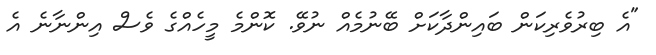
"އެ ބިރުވެރިކަން ބައިންދާކަށް ބޭނުމެއް ނުވޭ. ކޮންމެ މީހެއްގެ ވެސް އިންނާނެ އެ